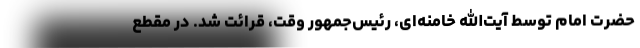
حضرت امام توسط آیت‌الله خامنه‌ای، رئیس‌جمهور وقت، قرائت شد. در مقطع